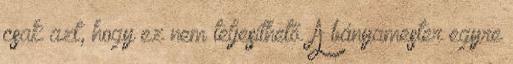
csak azt, hogy ez nem teljesíthető. A bányamester egyre